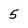
Character: 5